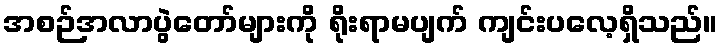
အစဉ်အလာပွဲတော်များကို ရိုးရာမပျက် ကျင်းပလေ့ရှိသည်။